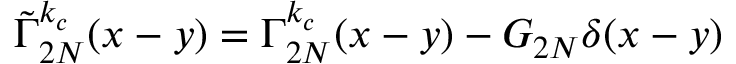
\tilde { \Gamma } _ { 2 N } ^ { k _ { c } } ( x - y ) = \Gamma _ { 2 N } ^ { k _ { c } } ( x - y ) - G _ { 2 N } \delta ( x - y )